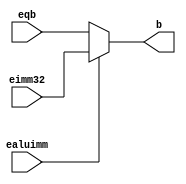
module AluMux (
    input ealuimm,
    input [31:0] eqb,
    input [31:0] eimm32,

    output reg [31:0] b
);

always @(*) begin
    if(ealuimm == 0) begin
        b = eqb;
    end
    else begin
        b = eimm32;
    end
end
    
endmodule